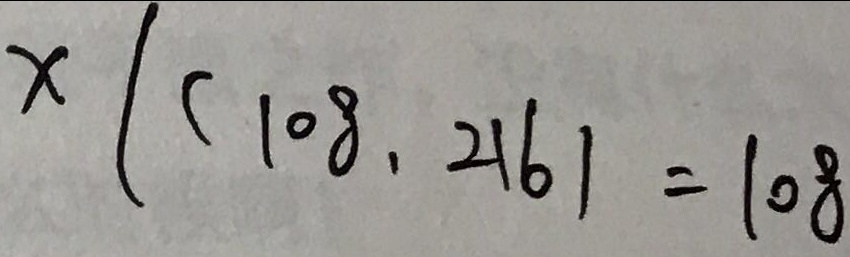
x \vert ( 1 0 8 , 2 1 6 ) = 1 0 8